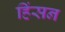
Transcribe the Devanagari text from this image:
हिंसन